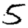
Digit: 5